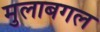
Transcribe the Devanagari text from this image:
मुलाबगल